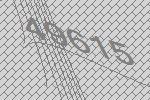
49615